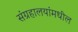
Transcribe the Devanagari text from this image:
संग्रहालयांमधील